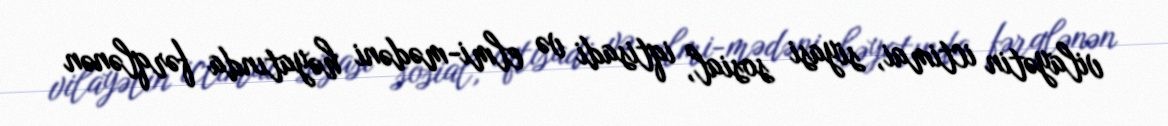
vilayətin ictimai, siyasi sosial, iqtisadi və elmi-mədəni həyatında fərqlənən